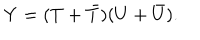
Y = ( T + { \bar { T } } ) ( U + { \bar { U } } ) .